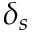
\delta _ { s }